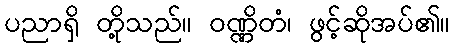
ပညာရှိ တို့သည်။ ဝဏ္ဏိတံ၊ ဖွင့်ဆိုအပ်၏။